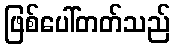
ဖြစ်ပေါ်တတ်သည်